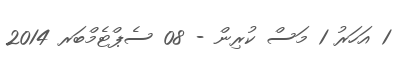
1 އަހަރު 1 މަސް ކުރިން - 08 ސެޕްޓެމްބަރ 2014